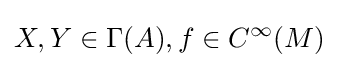
X,Y\in \Gamma (A),f\in C^{\infty }(M)